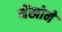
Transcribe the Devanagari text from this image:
मेंखोने